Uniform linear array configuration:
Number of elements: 48
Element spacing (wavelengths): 0.75
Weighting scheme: blackman
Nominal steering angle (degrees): -60
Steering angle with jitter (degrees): -58.947
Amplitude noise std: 0.05
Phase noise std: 0.05

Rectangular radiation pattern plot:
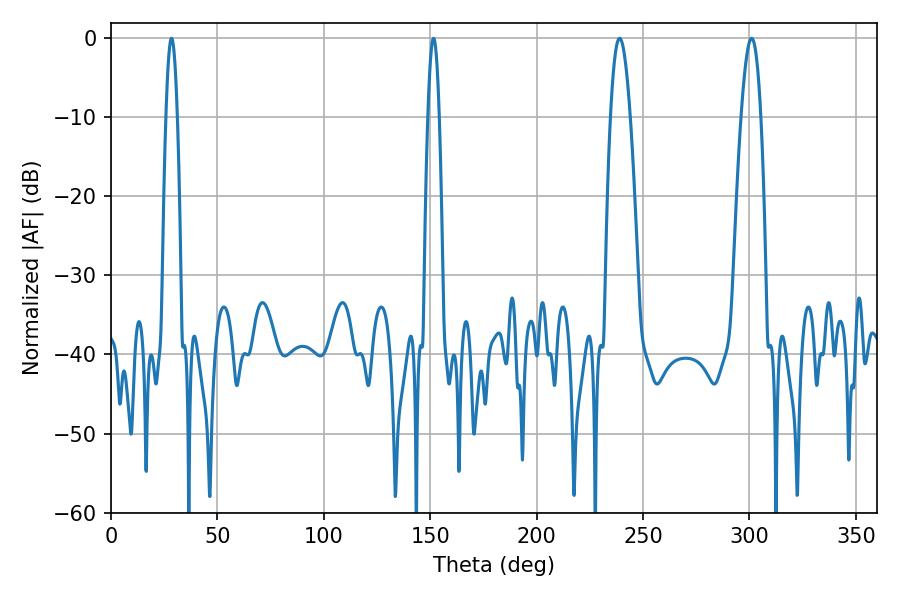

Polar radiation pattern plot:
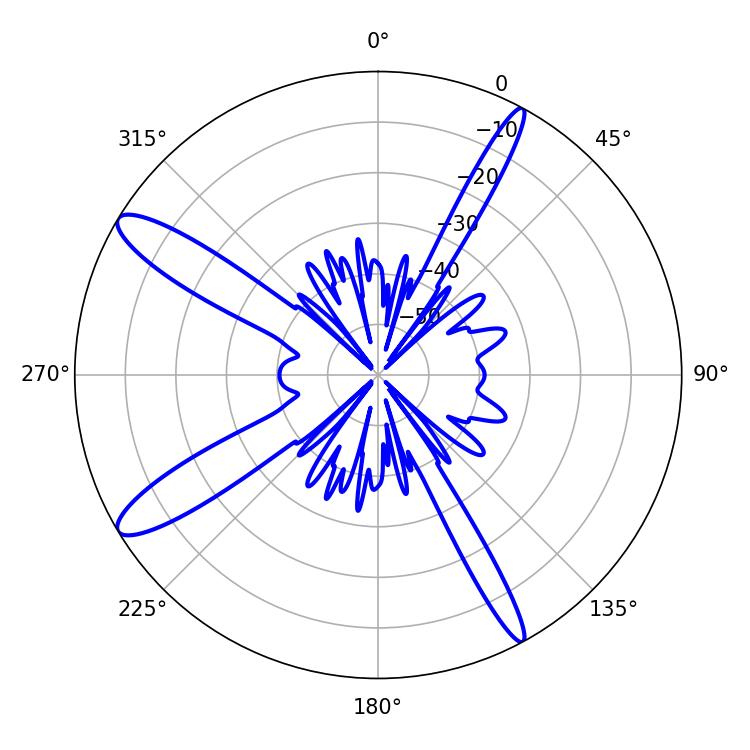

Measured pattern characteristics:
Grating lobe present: TRUE
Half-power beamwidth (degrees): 2.88
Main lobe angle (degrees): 28.44